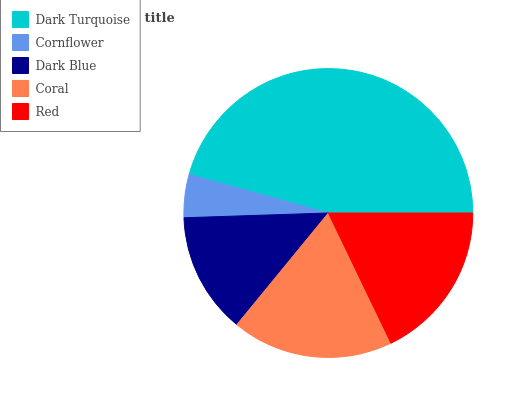
| Dark Turquoise | Cornflower | Dark Blue | Coral | Red |
 | --- | --- | --- | --- | --- |
 | 45.7% | 4.82% | 13.5% | 18.1% | 17.8% |